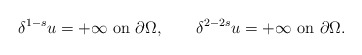
\begin{align*}\delta^{1-s}u=+\infty\hbox{ on }\partial\Omega,\qquad\delta^{2-2s}u=+\infty\hbox{ on }\partial\Omega.\end{align*}